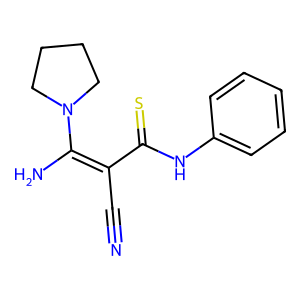
SMILES: N#CC(C(=S)Nc1ccccc1)=C(N)N1CCCC1
Inhibits HIV replication: No